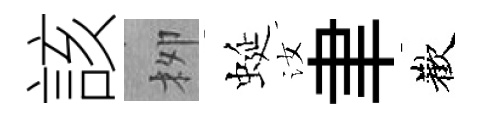
該栁蜒汝聿歡